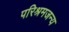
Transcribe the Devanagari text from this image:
परिश्रमजन्य